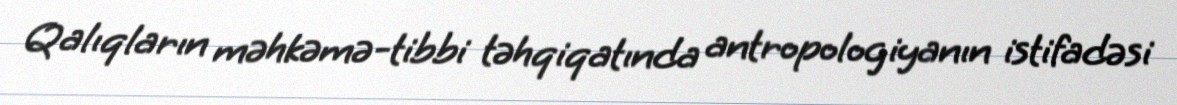
Qalıqların məhkəmə-tibbi təhqiqatında antropologiyanın istifadəsi